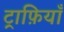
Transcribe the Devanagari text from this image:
ट्राफ़ियाँ